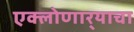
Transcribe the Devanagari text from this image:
एक्लोणार्‍याचा